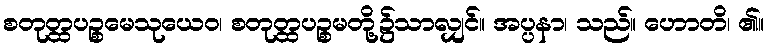
စတုတ္ထပဉ္စမေသုယေဝ၊ စတုတ္ထပဉ္စမတို့၌သာလျှင်။ အပ္ပနာ၊ သည်။ ဟောတိ၊ ၏။